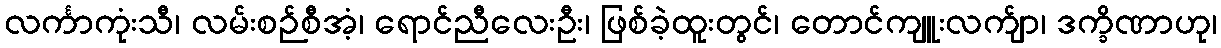
လင်္ကာကုံးသီ၊ လမ်းစဉ်စီအံ့၊ ရောင်ညီလေးဦး၊ ဖြစ်ခဲ့ထူးတွင်၊ တောင်ကျူးလက်ျာ၊ ဒက္ခိဏာဟု၊